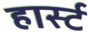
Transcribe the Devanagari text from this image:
हार्स्ट